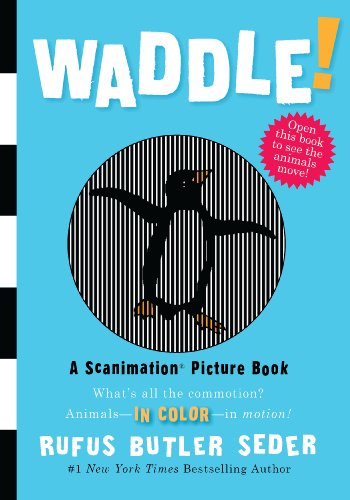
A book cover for Waddle!: A Scanimation Picture Book (Scanimation Picture Books); Rufus Butler Seder; Arts & Photography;